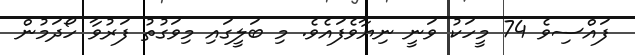
ފައްސިވެ 74 މީހަކު ވަނީ ނިޔާވެފައެވެ. މި ބަލީގައި މިވަގުތު ފަރުވާ ހޯދަމުން